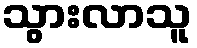
သွားလာသူ